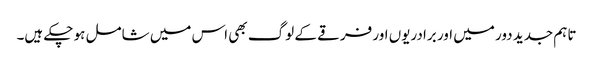
تاہم جدید دور میں اور برادریوں اور فرقے کے لوگ بھی اس میں شامل ہو چکے ہیں۔